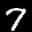
Label: 7